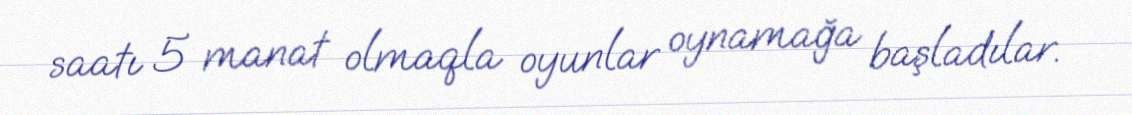
saatı 5 manat olmaqla oyunlar oynamağa başladılar.